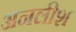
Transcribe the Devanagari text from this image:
अनलीश